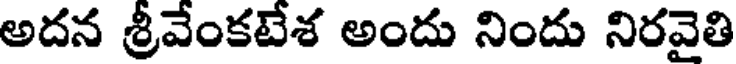
అదన శ్రీవేంకటేశ అందు నిందు నిరవైతి